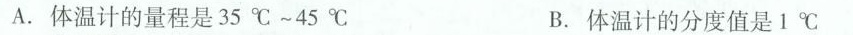
A.体温计的量程是35℃~45℃ B.体温计的分度值是1℃